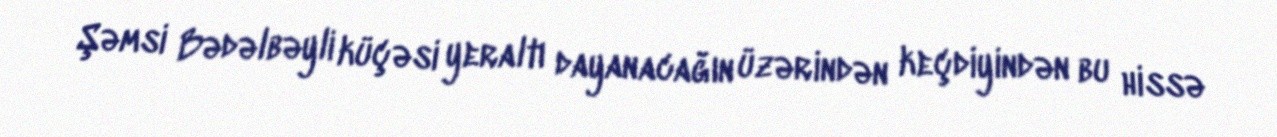
Şəmsi Bədəlbəyli küçəsi yeraltı dayanacağın üzərindən keçdiyindən bu hissə